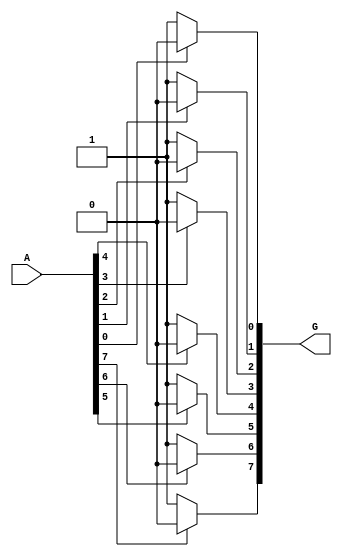
module GroupingOfZeros #(
    parameter n = 8 // Length of the input vector
)(
    input [n-1:0] A,  // Input vector
    output reg [n-1:0] G // Grouped output (each bit represents a grouping)
);

    integer i;
    reg [n-1:0] temp_G;
    reg in_zero_sequence;

    always @* begin
        // Initialize grouped output
        temp_G = 0;
        in_zero_sequence = 0;

        // Scan through the input vector
        for (i = 0; i < n; i = i + 1) begin
            if (A[i] == 1) begin
                // Encounter a 1, conclude any zero grouping
                if (in_zero_sequence) begin
                    // Mark the end of a zero group
                    in_zero_sequence = 0;
                end
            end else begin
                // Encounter a 0
                if (!in_zero_sequence) begin
                    // Start of a new zero grouping
                    in_zero_sequence = 1;
                    temp_G[i] = 1; // Mark the start of the grouping
                end
                // Mark the current zero in the output
                temp_G[i] = 1;
            end
        end
        
        // Assign the final grouped output
        G = temp_G;
    end

endmodule